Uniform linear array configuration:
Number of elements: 16
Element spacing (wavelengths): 0.75
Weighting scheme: kaiser
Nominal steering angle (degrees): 30
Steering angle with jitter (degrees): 31.581
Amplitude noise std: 0.05
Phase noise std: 0.05

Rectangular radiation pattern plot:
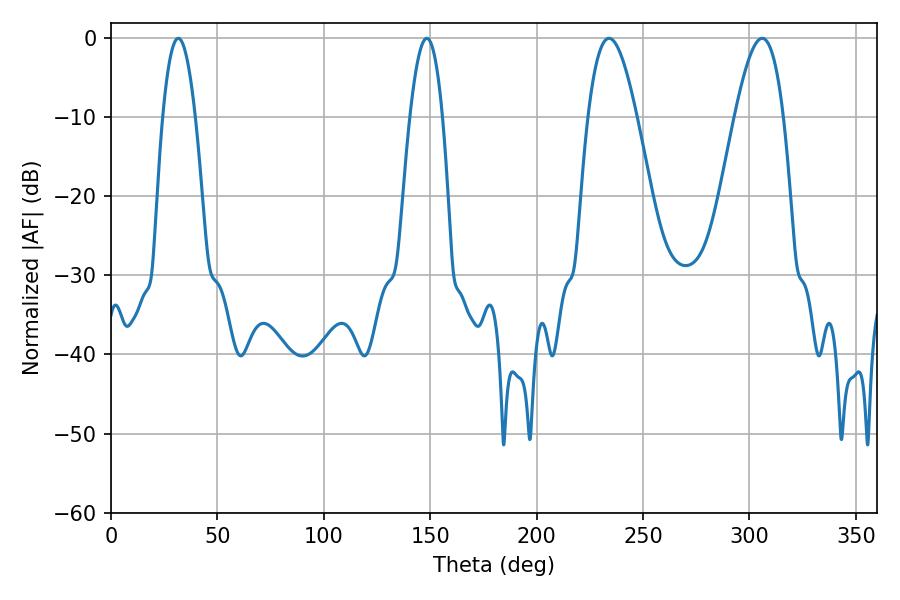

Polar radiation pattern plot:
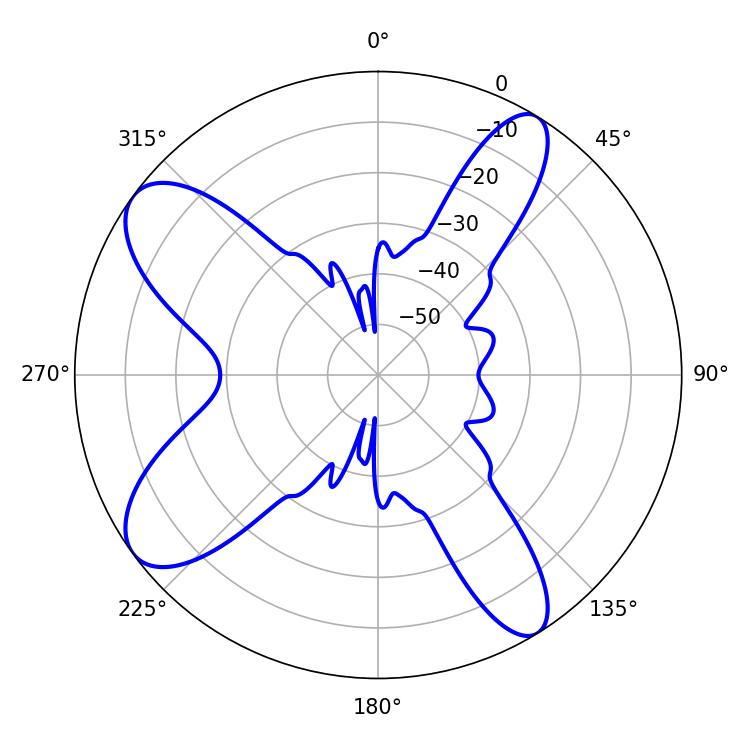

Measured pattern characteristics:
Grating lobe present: TRUE
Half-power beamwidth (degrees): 12.42
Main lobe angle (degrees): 234